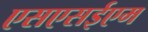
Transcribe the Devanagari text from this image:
एसएसईएम